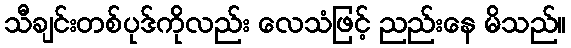
သီချင်းတစ်ပုဒ်ကိုလည်း လေသံဖြင့် ညည်းနေ မိသည်။